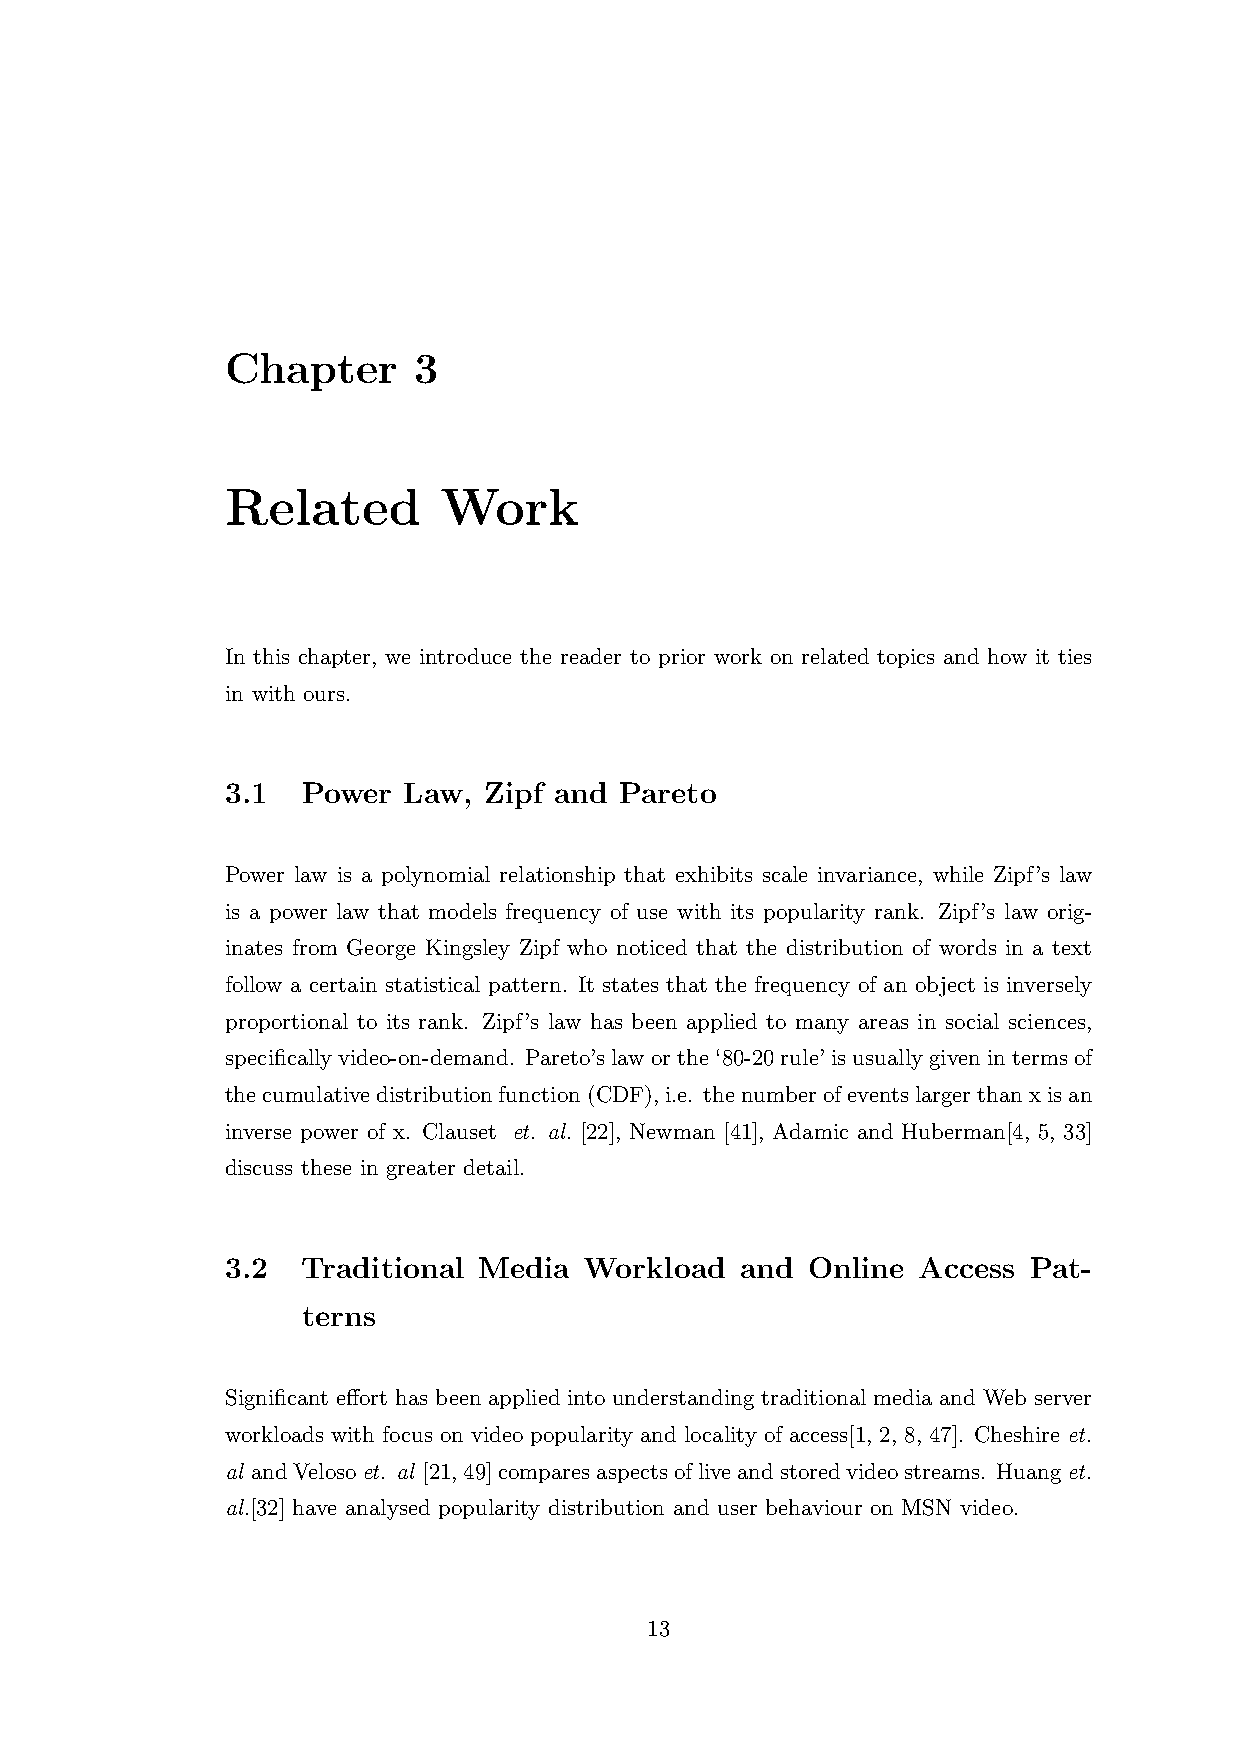
Chapter     3
 Related       Work
 In this chapter, we introduce the reader to prior work on related topics and how it ties
 in with ours.
 3.1  Power  Law, Zipf and Pareto
 Power law is a polynomial relationship that exhibits scale invariance, while Zipf’s law
 is a power law that models frequency of use with its popularity rank. Zipf’s law orig-
 inates from George Kingsley Zipf who noticed that the distribution of words in a text
 follow a certain statistical pattern. It states that the frequency of an object is inversely
 proportional to its rank. Zipf’s law has been applied to many areas in social sciences,
 specificallyvideo-on-demand. Pareto’slaworthe‘80-20rule’isusuallygivenintermsof
 thecumulativedistributionfunction(CDF),i.e. thenumberofeventslargerthanxisan
 inverse power of x. Clauset et. al. [22], Newman [41], Adamic and Huberman[4, 5, 33]
 discuss these in greater detail.
 3.2  Traditional Media  Workload  and Online  Access Pat-
 terns
 Significant effort has been applied into understanding traditional media and Web server
 workloads with focus on video popularity and locality of access[1, 2, 8, 47]. Cheshire et.
 al andVelosoet. al [21,49]comparesaspectsofliveandstoredvideostreams. Huanget.
 al.[32] have analysed popularity distribution and user behaviour on MSN video.
 13